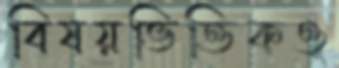
বিষয়ভিত্তিকও